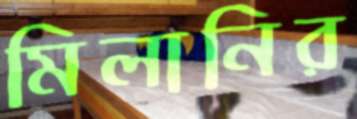
মিলানির